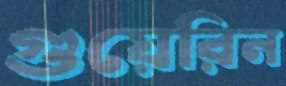
গুয়েরিন